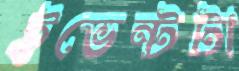
ইভেন্টটা